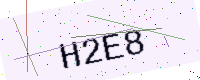
Text: H2E8